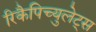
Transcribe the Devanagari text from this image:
रिकैपिच्युलेट्स